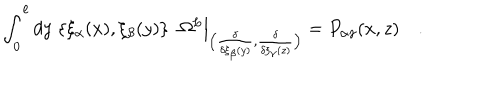
LaTeX: \int _ { 0 } ^ { \ell } d y \; \{ \xi _ { \alpha } ( x ) , \xi _ { \beta } ( y ) \} \; \; \Omega ^ { L } \Big | _ { \big ( { \frac { \delta } { \delta \xi _ { \beta } ( y ) } } , { \frac { \delta } { \delta \xi _ { \gamma } ( z ) } } \big ) } = P _ { \alpha \gamma } ( x , z ) \quad .